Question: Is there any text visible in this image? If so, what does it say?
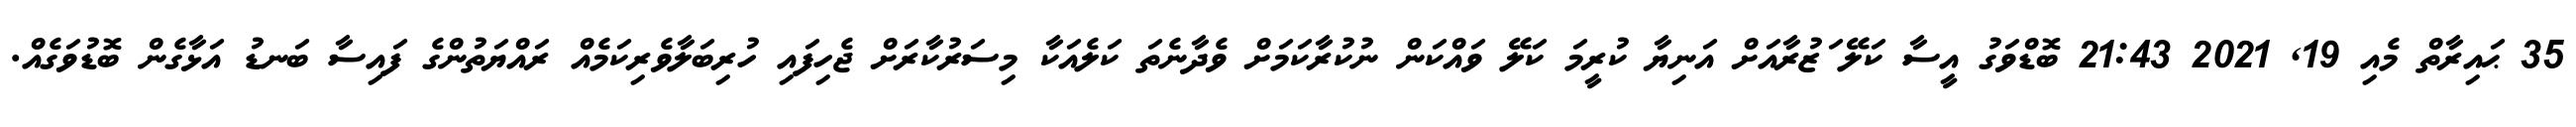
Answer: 35 ޙައިރާތް މެއި 19, 2021 21:43 ބޮޑްވަގު އީސާ ކަލޭ ަޒުރާއަށް އަނިޔާ ކުރީމަ ކަލޭ ވައްކަން ނުކުރާކަމަށް ވެދާނެތަ ކަލެއަކާ މިސަރުކާރަށް ޖެހިފައި ހުރިބަލާވެރިކަމެއް ރައްޔަތުންގެ ފައިސާ ބަނޑު އަޅާގެން ބޮޑުވަގެއް.